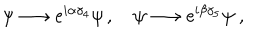
\psi \longrightarrow \mathrm { e } ^ { i \alpha \gamma _ { 4 } } \psi \, , \quad \psi \longrightarrow \mathrm { e } ^ { i \beta \gamma _ { 5 } } \psi \ ,